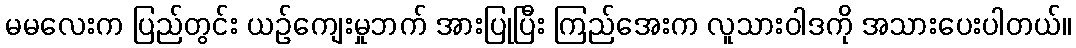
မမလေးက ပြည်တွင်း ယဉ်ကျေးမှုဘက် အားပြုပြီး ကြည်အေးက လူသားဝါဒကို အသားပေးပါတယ်။